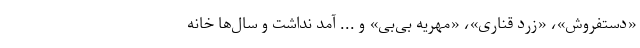
«دستفروش»، «زرد قناری»، «مهریه بی‌بی» و ... آمد نداشت و سال‌ها خانه